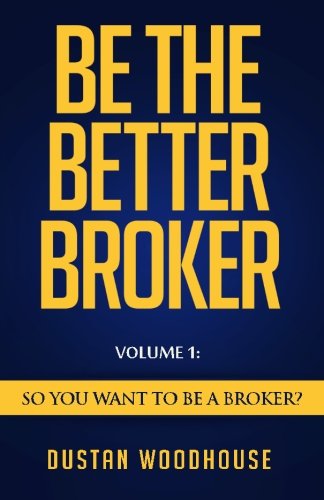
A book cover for Be the Better Broker, Volume 1: So You Want to Be a Broker?; Dustan Woodhouse; Business & Money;